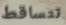
تتساقط